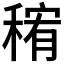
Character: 𱶗